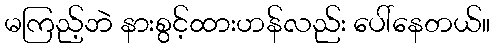
မကြည့်ဘဲ နားစွင့်ထားဟန်လည်း ပေါ်နေတယ်။